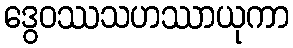
ဒွေဝဿသဟဿာယုကာ